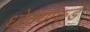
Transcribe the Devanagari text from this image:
धोक्यांकडे